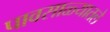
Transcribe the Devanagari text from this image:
पावसाळ्यातले